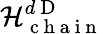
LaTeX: \mathcal{H}_{\mathrm{~c~h~a~i~n~}}^{d\mathrm{~D~}}